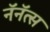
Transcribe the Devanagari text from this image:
नॅनॅत्स